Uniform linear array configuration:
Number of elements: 8
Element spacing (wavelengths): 0.25
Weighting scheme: binomial
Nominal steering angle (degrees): -30
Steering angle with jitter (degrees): -30.566
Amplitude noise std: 0.05
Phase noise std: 0.05

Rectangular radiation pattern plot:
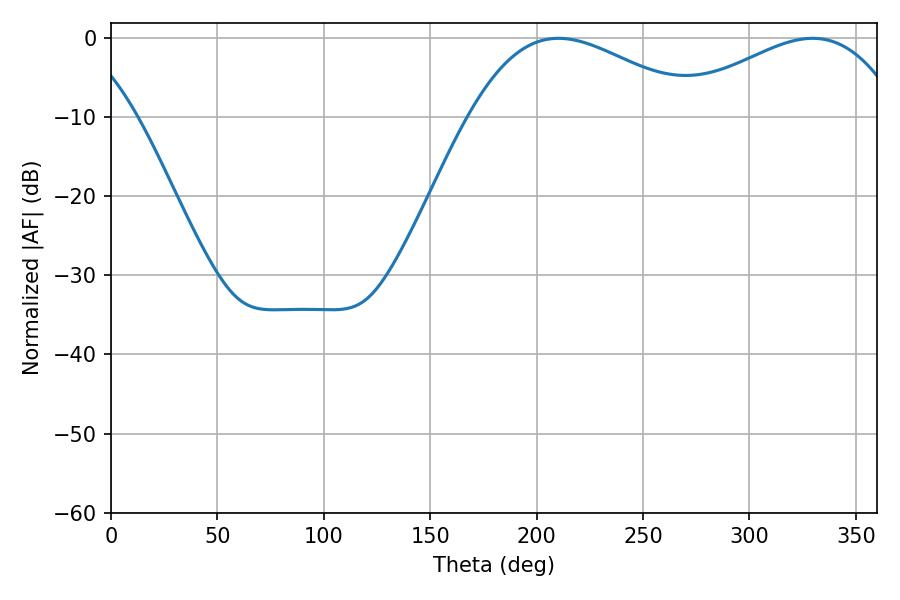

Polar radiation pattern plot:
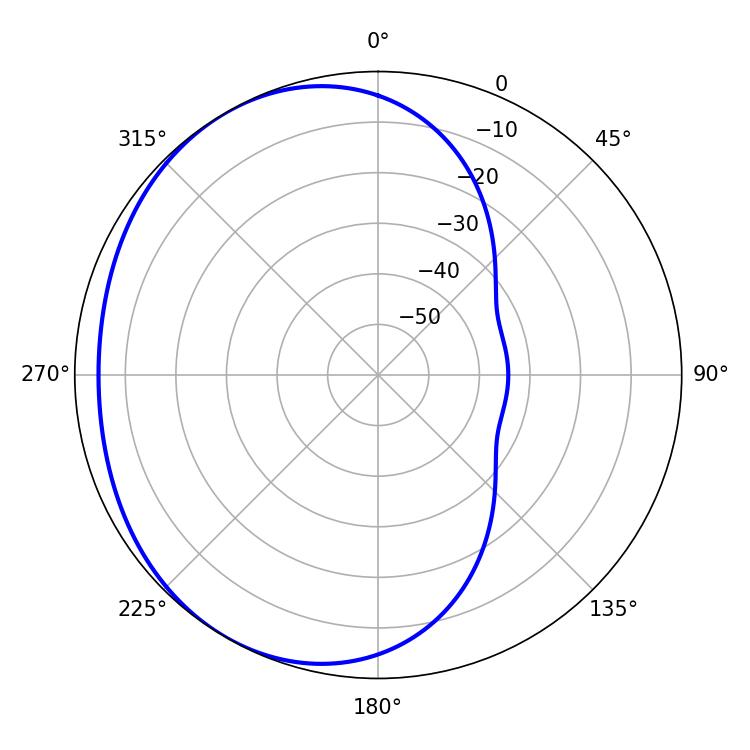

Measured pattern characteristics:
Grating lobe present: FALSE
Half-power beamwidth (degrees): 58.5
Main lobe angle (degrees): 210.24